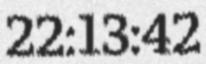
22:13:42